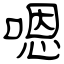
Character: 嗯